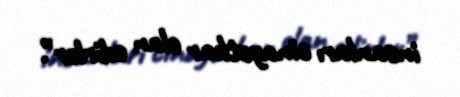
insanları cinayətkar elan edirlər”.